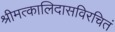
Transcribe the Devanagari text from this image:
श्रीमत्कालिदासविरचितं